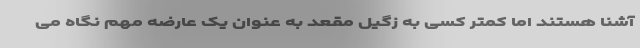
آشنا هستند اما کمتر کسی به زگیل مقعد به عنوان یک عارضه مهم نگاه می